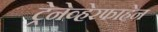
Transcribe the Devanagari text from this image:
ट्रेनेव्हेरफाह्रेन